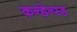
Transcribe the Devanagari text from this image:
कन्डेन्स्ड